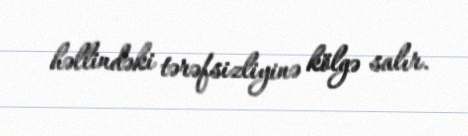
həllindəki tərəfsizliyinə kölgə salır.